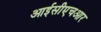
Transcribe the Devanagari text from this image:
आईसीएचआर